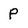
Character: p